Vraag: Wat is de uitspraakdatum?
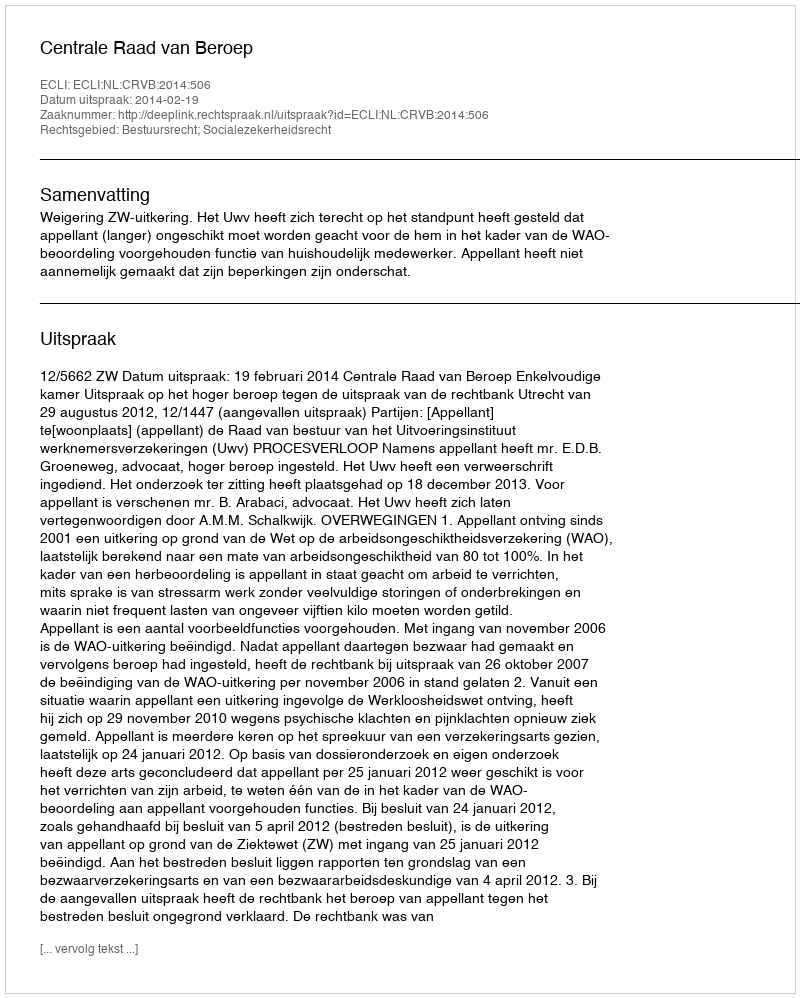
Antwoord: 2014-02-19